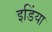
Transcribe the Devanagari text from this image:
इडिंया